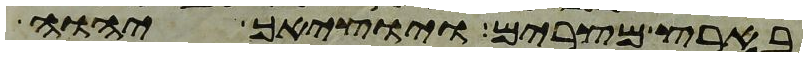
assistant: בארץ מצרים ויוציאך יהוה